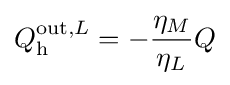
Q_{\text{h}}^{{\text{out}},L}=-{\frac {\eta _{M}}{\eta _{L}}}Q